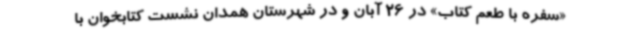
«سفره با طعم کتاب» در 26 آبان و در شهرستان همدان نشست کتابخوان با